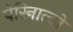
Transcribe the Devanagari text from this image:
पेरिनाल्डो